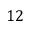
1 2